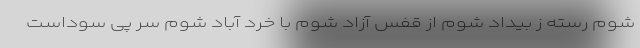
شوم رسته ز بیداد شوم از قفس آزاد شوم با خرد آباد شوم سر پیِ سوداست